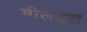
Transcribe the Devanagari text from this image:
मीलेतुस